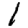
Digit: 1